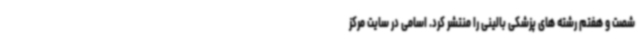
شصت و هفتم رشته های پزشکی بالینی را منتشر کرد. اسامی در سایت مرکز